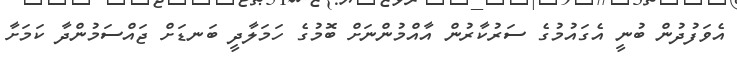
އެވަފުދުން ބުނީ އެގައުމުގެ ސަރުކާރުން އާއްމުންނަށް ބޮމުގެ ހަމަލާދީ ބަނޑަށް ޖައްސަމުންދާ ކަމަށާ